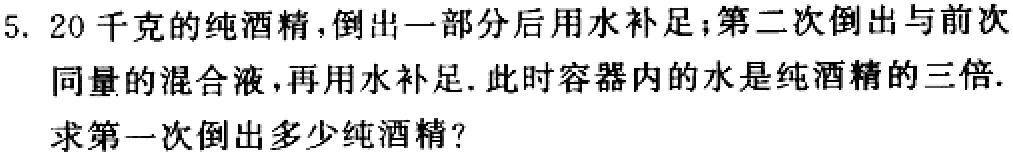
5. 20千克的纯酒精，倒出一部分后用水补足；第二次倒出与前次同量的混合液，再用水补足. 此时容器内的水是纯酒精的三倍.
求第一次倒出多少纯酒精？